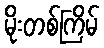
မိုးတစ်ကြိမ်